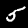
Label: 5